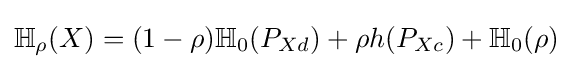
\mathbb {H} _{\rho }(X)=(1-\rho )\mathbb {H} _{0}(P_{Xd})+\rho h(P_{Xc})+\mathbb {H} _{0}(\rho )